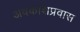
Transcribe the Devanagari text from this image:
अवकाशप्रवास